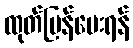
ထုတ်ပြန်ပေးရန်